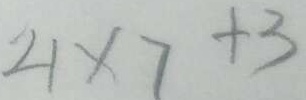
4 \times 7 + 3